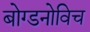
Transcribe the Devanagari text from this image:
बोग्डनोविच